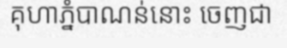
គុហាភ្នំបាណន់នោះ ចេញជា